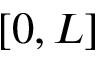
[ 0 , L ]